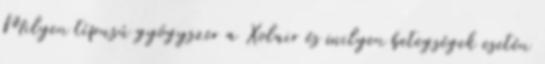
Milyen típusú gyógyszer a Xolair és milyen betegségek esetén